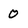
Character: 0